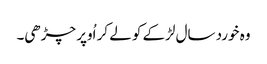
وہ خورد سال لڑکے کو لے کر اُوپر چڑھی۔